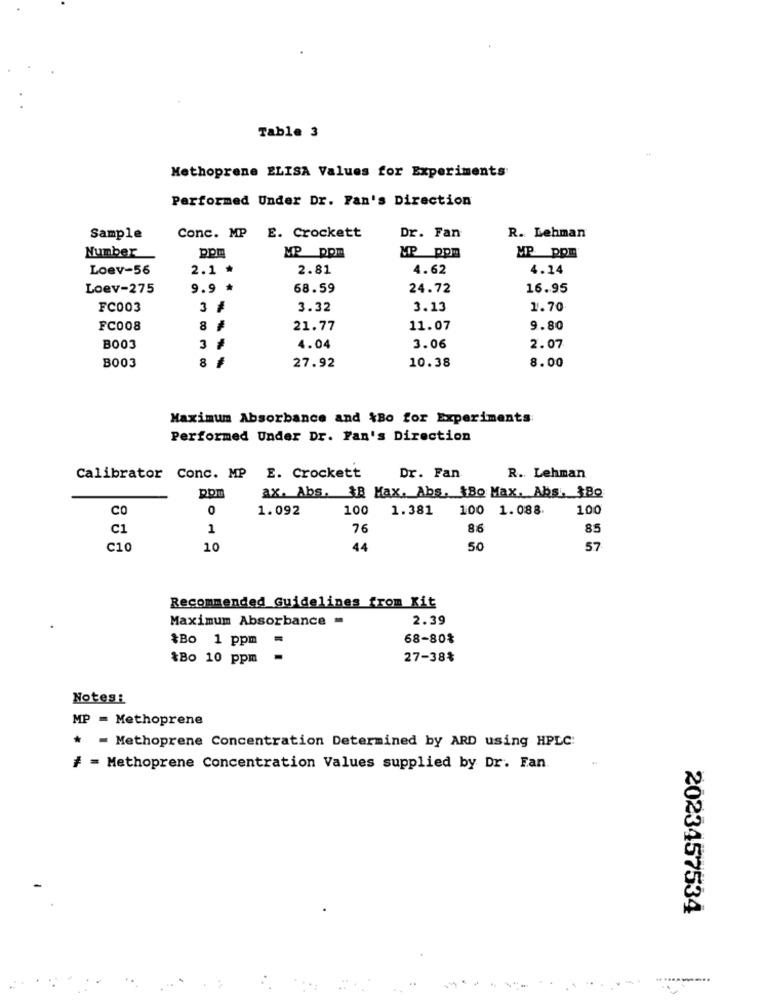
Table 3
Methoprene ELISA Values for Experiments
Performed Under Dr. Fan's Direction
Sample
Conc. MP E. Crockett
Dr. Fan
R. Lehman
Number
MP Dpm
MP ppm
MP ppm
ppm
Loev-56
2.1 *
2.81
4.62
4.14
Loev-275
9.9 *
68.59
24.72
16.95
FC003
3 #
3.32
3.13
1.70
FC008
8 #
21.77
11.07
9.80
B003
3 /
4.04
3.06
2.07
10.38
B003
27.92
8.00
Maximum Absorbance and &Bo for Experiments
Performed Under Dr. Fan's Direction
Calibrator Conc. MP
E. Crockett
Dr. Fan
R. Lehman
ax. Abs. $B Max. Abs. 1Bo Max. Abs. 380
pom
CO
0
1.092
100
1.381
100 1.088
100
C1
1
76
86
85
C10
10
44
50
57
Recommended Guidelines from Kit
Maximum Absorbance -
2.39
$Bo 1 ppm =
68-80%
&Bo 10 ppm
27-38%
Notes:
MP = Methoprene
* = Methoprene Concentration Determined by ARD using HPLC:
# = Methoprene Concentration Values supplied by Dr. Fan
2023457534